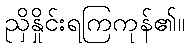
ညှိနှိုင်းရကြကုန်၏။